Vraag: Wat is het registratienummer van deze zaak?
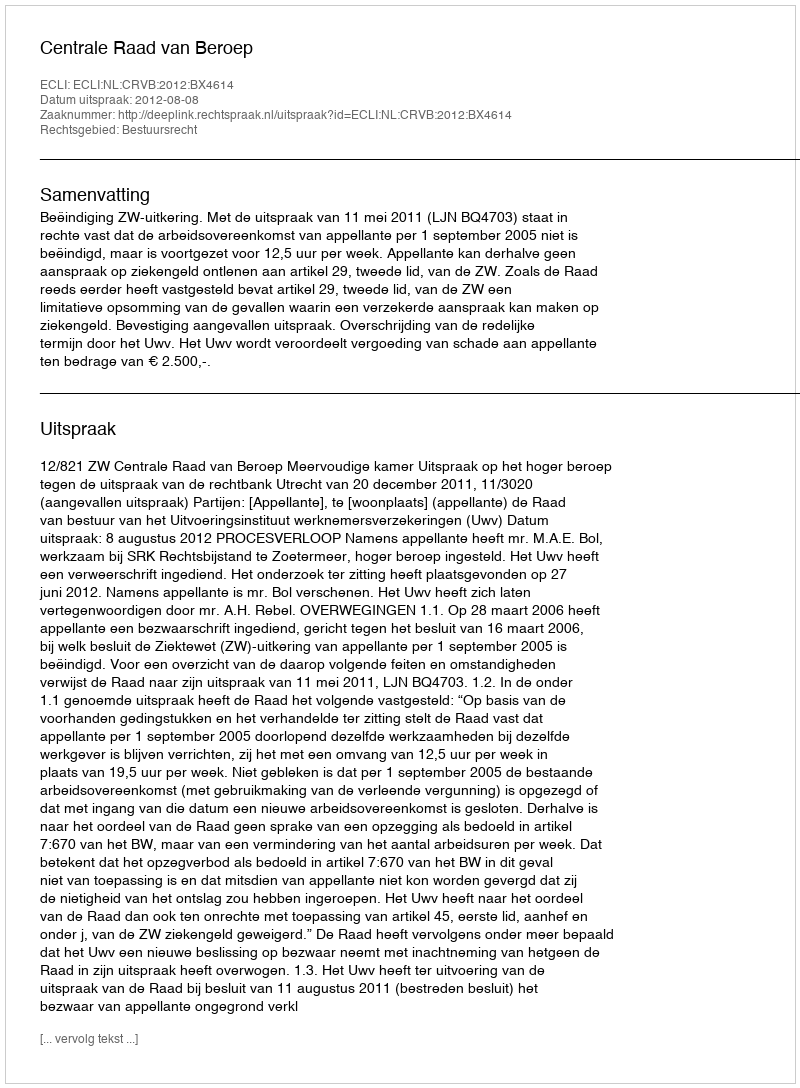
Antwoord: http://deeplink.rechtspraak.nl/uitspraak?id=ECLI:NL:CRVB:2012:BX4614